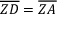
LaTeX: { \overline { { Z D } } } = { \overline { { Z A } } }